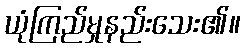
ယုံကြည်မှုနည်းသေး၏။